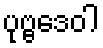
ပုဗ္ဗဒေဝါ